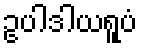
ဥပါဒါယရူပံ